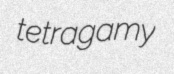
tetragamy